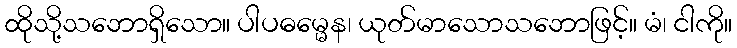
ထိုသို့သဘောရှိသော။ ပါပဓမ္မေန၊ ယုတ်မာသောသဘောဖြင့်။ မံ၊ ငါကို။